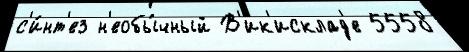
с'и́нт'ез н'еобы́чный В'ик'исклад'е 5558